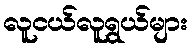
လူငယ်လူရွယ်များ